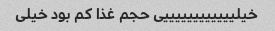
خیلییییییییییییی حجم غذا کم بود خیلی